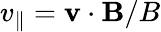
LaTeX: v_{\parallel}=\mathbf{v}\cdot\mathbf{B}/B